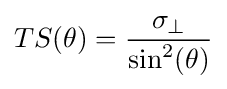
TS(\theta )={\frac {\sigma _{\perp }}{\sin ^{2}(\theta )}}